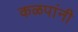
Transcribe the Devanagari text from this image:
कळपांनी